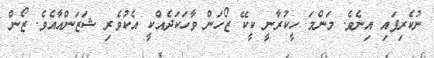
ނުކެރިފައި އިނެވެ. މަންމަ ހީކުރާނީ ކީކޭ ޒޯހަން ވާހަކަދެއްކީ އެކުވެރި ޝަޒަންއާއެވެ. ޒޯން